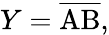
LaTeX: Y={\overline{\mathrm{{AB}}}},